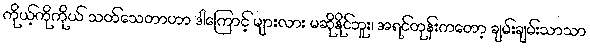
ကိုယ့်ကိုကိုယ် သတ်သေတာဟာ ဒါကြောင့် များလား မဆိုနိုင်ဘူး၊ အရင်တုန်းကတော့ ချမ်းချမ်းသာသာ